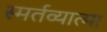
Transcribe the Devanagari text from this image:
स्मर्तव्यात्मा